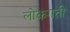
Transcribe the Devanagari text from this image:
लोकगती